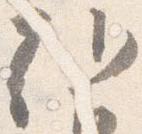
朝